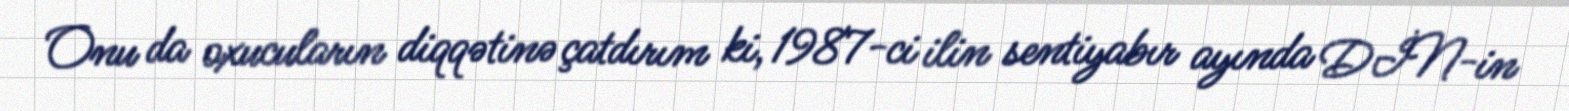
Onu da oxucuların diqqətinə çatdırım ki, 1987-ci ilin sentiyabır ayında DİN-in